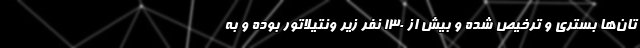
تان‌ها بستری و ترخیص شده‌ و بیش از ۱۳۰ نفر زیر ونتیلاتور بوده و به